Lunatic asylums in Bengal annual reports 1912-1924 - 1912-1924
Year: 1912
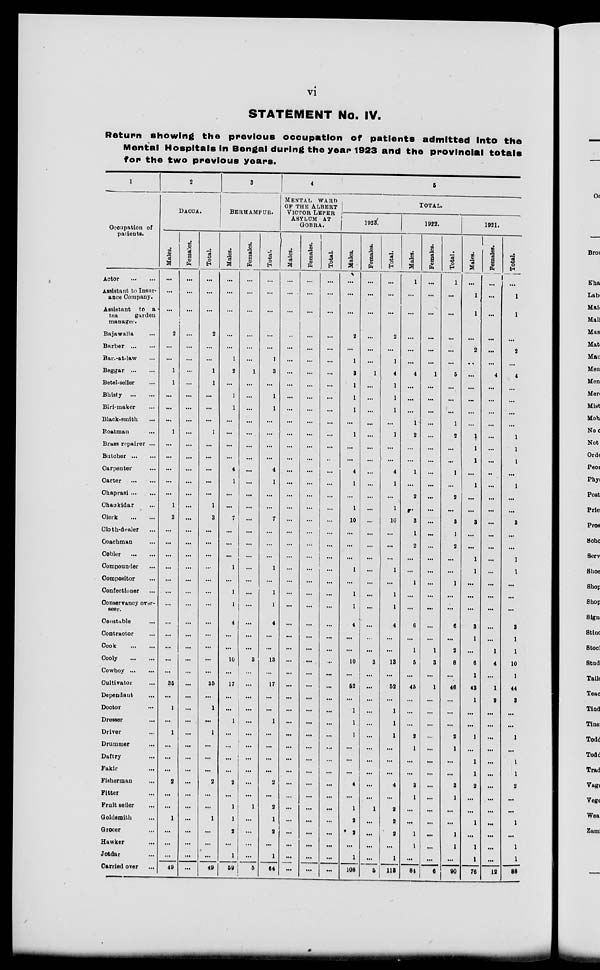
vi
STATEMENT No. IV.
Return showing the previous occupation of patients admitted Into the
Mental Hospitals in Bengal during the year 1923 and the provincial totals
for the two previous years.
1
Occupation of
patients.
Actor
...
...
Assistant to Insur-
ance Company.
Assistant to a
tea
garden
manager.
Bajawalla ...
Barber ...
Bar.-at-law ...
Beggar ... ...
Betel-seller ...
Bhisty
...
...
Biri-maker ...
Black-smith ...
Boatman ...
Brass repairer ...
Butcher ... ...
Carpenter ...
Carter
...
...
Chaprasi
...
Chaukidar ...
Clerk
...
...
Cloth-dealer ...
Coachman ...
Cobler
...
...
Compounder ...
Compositor ...
Confectioner ...
Conservancy over-
seer.
Constable
...
Contractor ...
Cook
...
...
Cooly
...
...
Cowboy
...
Cultivator ...
Dependant ...
Doctor ...
Dresser ...
Driver ...
Drummer ...
Daftry ...
Fakir ...
Fisherman ...
Fitter...
Fruit seller...
Goldsmith...
Grocer...
Hawker...
Jotdar...
Carried over...
2
DACCA.
Males.
...
...
i
2
...
...
1
1
...
...
...
1
...
...
...
...
...
1
3
...
...
...
...
...
...
...
...
...
...
...
...
35
...
1
...
1
...
...
...
2
...
...
1
...
...
...
49
Females.
...
...
...
...
...
...
...
...
...
...
...
...
...
...
...
...
...
...
...
...
...
...
...
...
...
...
...
...
...
...
...
...
...
...
...
...
...
...
...
...
...
...
...
...
...
...
...
Total.
...
...
...
2
...
...
1
1
...
...
...
1
...
...
...
...
...
1
3
...
...
...
...
...
...
...
...
...
...
...
...
35
...
1
...
1
...
...
...
2
...
...
1
...
...
...
49
3
BERHAMPUR.
Males.
...
...
...
...
...
1
2
...
1
1
...
...
...
...
4
1
...
...
7
...
...
...
1
...
1
1
4
...
...
10
...
17
...
...
1
...
...
...
...
2
...
1
1
2
...
1
59
Females.
...
...
...
...
...
...
1
...
...
...
...
...
...
...
...
...
...
...
...
...
...
...
...
...
...
...
...
...
...
3
...
...
...
...
...
...
...
...
...
...
...
1
...
...
...
...
5
Total.
...
...
...
...
...
1
3
...
1
1
...
...
...
...
4
1
...
...
7
...
...
...
1
...
1
1
4
...
...
13
...
17
...
...
1
...
...
...
...
2
...
2
1
2
...
1
64
4
MENTAL
WARD
OF THE ALBERT
VICTOR
LEPER
ASYLUM AT
GOBRA.
Males.
...
...
...
...
...
...
...
...
...
...
...
...
...
...
...
...
...
...
...
...
...
...
...
...
...
...
...
...
...
...
...
...
...
...
...
...
...
...
...
...
...
...
...
...
...
...
...
Females.
...
...
...
...
...
...
...
...
...
...
...
...
...
...
...
...
...
...
...
...
...
...
...
...
...
...
...
...
...
...
...
...
...
...
...
...
...
...
...
...
...
...
...
...
...
...
...
Total.
...
...
...
...
...
...
...
...
...
...
...
...
...
...
...
...
...
...
...
...
...
...
...
...
...
...
...
...
...
...
...
...
...
...
...
...
...
...
...
...
...
...
...
...
...
...
...
5
TOTAL.
1923'.
Males.
...
...
...
2
...
1
3
1
1
1
...
1
...
...
4
1
...
1
10
...
...
...
1
...
1
1
4
...
...
10
...
52
...
1
1
1
...
...
...
4
...
1
2
2
...
1
108
Females.
...
...
...
...
...
...
1
...
...
...
...
...
...
...
...
...
...
...
...
...
...
...
...
...
...
...
...
...
3
...
...
...
...
...
...
...
...
...
...
...
1
...
...
...
...
5
Total.
...
...
...
2
...
1
4
1
1
1
...
1
...
...
4
1
...
1
10
...
...
...
1
...
1
1
4
...
...
13
...
52
...
1
1
1
...
...
...
4
...
2
2
2
...
1
113
1922.
Males.
1
...
...
...
...
...
4
...
...
...
1
2
...
...
1
...
2
3
1
2
...
...
1
...
...
6
...
1
5
...
45
...
...
...
2
1
...
...
3
1
...
...
1
1
...
84
Females.
...
...
...
...
...
...
1
...
...
...
...
...
...
...
...
...
...
...
...
...
...
...
...
...
...
...
...
...
1
3
...
1
...
...
...
...
...
...
...
...
...
...
...
...
...
...
6
Total.
1
...
...
...
...
...
5
...
...
...
1
2
...
...
1
...
2
...
3
1
2
...
...
1
...
...
6
...
2
8
...
46
...
...
...
2
1
...
...
3
1
...
...
1
1
...
90
1921.
Males.
...
1
1
...
2
...
...
...
...
...
...
1
1
1
...
1
...
...
3
...
...
1
1
...
...
...
3
1
...
6
1
43
1
...
...
1
...
1
1
2
...
...
1
...
1
1
76
Females.
...
...
...
...
...
...
4
...
...
...
...
...
...
...
...
...
...
...
...
...
...
...
...
...
...
...
...
...
1
4
...
1
2
...
...
...
...
...
...
...
...
...
...
...
...
...
12
Total.
...
1
1
...
2
...
4
...
...
...
...
1
1
1
...
1
...
...
3
...
...
1
1
...
...
...
3
1
1
10
1
44
3
...
...
1
...
1
1
2
...
...
1
...
1
1
88